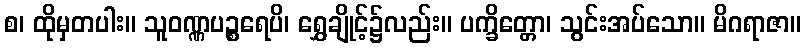
စ၊ ထိုမှတပါး။ သူဝဏ္ဏပဉ္စရေပိ၊ ရွှေချိုင့်၌လည်း။ ပက္ခိတ္တော၊ သွင်းအပ်သော။ မိဂရာဇာ။